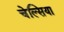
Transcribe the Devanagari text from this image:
चेल्‍सिया